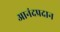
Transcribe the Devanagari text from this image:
आनंदप्रदान